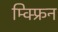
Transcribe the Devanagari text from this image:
म्क्फ्रिन